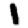
Digit: 1